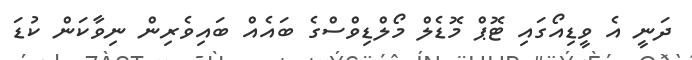
ދަނީ އެ ވީޑިއޯގައި ޓޮޕް މޮޑެލް މޯލްޑިވްސްގެ ބައެއް ބައިވެރިން ނިވާކަން ކުޑަ